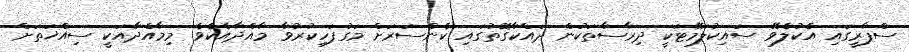
ސްޕާރީގައި އެކުލެވޭ ސައިކުލަމޭޓަކީ ދިރާސާތަކުން ދައްކާގޮތުގައި ކެންސަރަށް މަގުފަހިކުރުވާ މާއްދާއެކެވެ. މިމާއްދާއަކީ ސިއްޚަތަށް